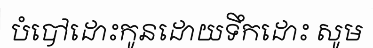
បំបៅដោះកូនដោយទឹកដោះ សូម